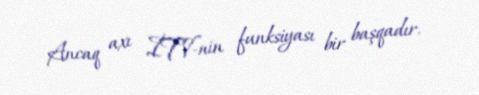
Ancaq axı İTV-nin funksiyası bir başqadır.